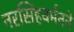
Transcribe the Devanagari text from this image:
नरसिंहवर्मनने